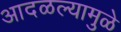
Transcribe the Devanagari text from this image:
आदळल्यामुळे